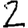
Digit: 2